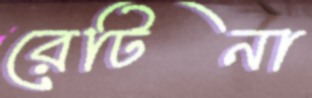
রেটিনা